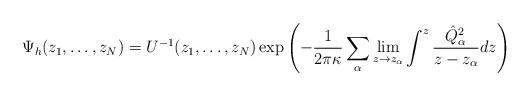
LaTeX: \begin{align*}\Psi_h(z_1,\dots,z_N) = U^{-1}(z_1,\dots,z_N)\exp\left(-{1\over 2\pi \kappa}\sum_\alpha\lim_{z\rightarrow z_\alpha}\int^z{\hat Q^2_\alpha \over z-z_\alpha} dz\right)\end{align*}